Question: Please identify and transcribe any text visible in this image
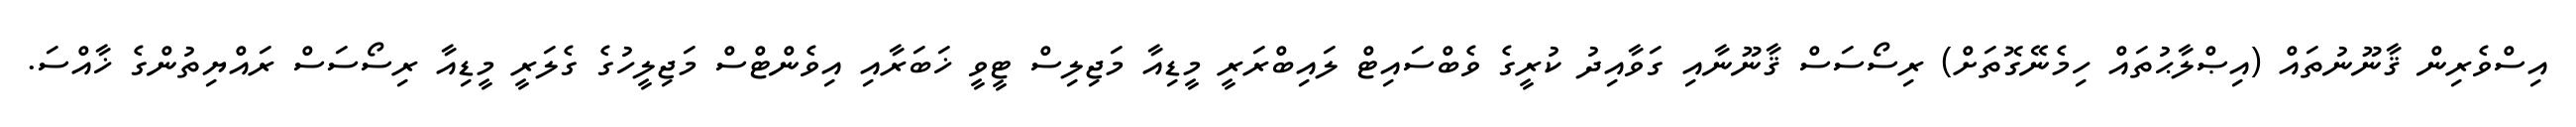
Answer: އިސްވެރިން ޤާނޫނުތައް (އިޞްލާޙުތައް ހިމެނޭގޮތަށް) ރިސޯސަސް ޤާނޫނާއި ގަވާއިދު ކުރީގެ ވެބްސައިޓް ލައިބްރަރީ މީޑިއާ މަޖިލިސް ޓީވީ ޚަބަރާއި އިވެންޓްސް މަޖިލީހުގެ ގެލަރީ މީޑިއާ ރިސޯސަސް ރައްޔިތުންގެ ޚާއްސަ.